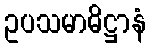
ဥပသမာဓိဋ္ဌာနံ